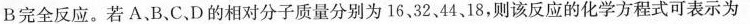
B完全反应。若A B.C.D的相对分子质量分别为16，32、44、18，则该反应的化学方程式可表示为